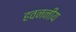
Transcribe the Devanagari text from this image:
हवननीय